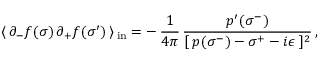
\langle \, \partial _ { - } f ( \sigma ) \, \partial _ { + } f ( \sigma ^ { \prime } ) \, \rangle \, _ { \mathrm { { i n } } } = - \, \frac { 1 } { 4 \pi } \, \frac { p ^ { \prime } ( \sigma ^ { - } ) } { [ \: p ( \sigma ^ { - } ) - \sigma ^ { + } - i \epsilon \: ] ^ { 2 } } \, ,